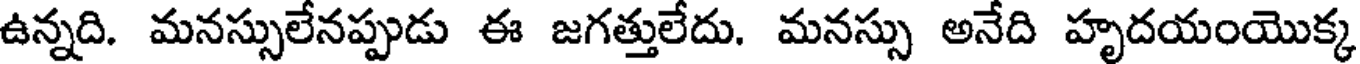
ఉన్నది. మనస్సులేనప్పుడు ఈ జగత్తులేదు. మనస్సు అనేది హృదయంయొక్క